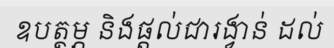
ឧបត្ថម្ភ និងផ្តល់ជារង្វាន់ ដល់